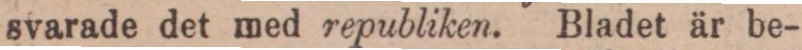
svarade det med republiken. Bladet är be-